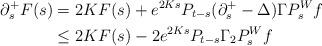
LaTeX: \begin{align*}\partial_s^+ F(s) &= 2KF(s) + e^{2Ks}P_{t-s}(\partial_s^+ - \Delta) \Gamma P_{s}^W f \\ &\leq 2KF(s) - 2e^{2Ks} P_{t-s} \Gamma_2 P_{s}^W f\end{align*}